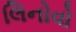
લિનોવો